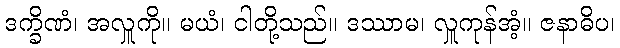
ဒက္ခိဏံ၊ အလှူကို။ မယံ၊ ငါတို့သည်။ ဒဿာမ၊ လှူကုန်အံ့။ ဇနာဓိပ၊